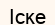
Іске